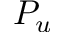
P _ { u }